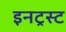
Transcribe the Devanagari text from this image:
इनट्रस्ट